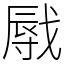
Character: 㦺